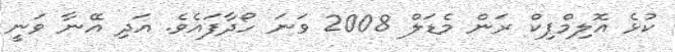
ކުޅެ އޮލިމްޕިކް ރަން މެޑަލް 2008 ވަނަ ހޯދާފައެވެ. އަދި އޭނާ ވަނީ